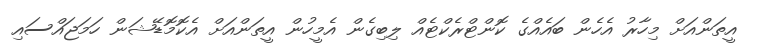
އީތަންއަށް މިހާރު އެހެން ބައެއްގެ ކޮންޓްރެކްޓެއް ލިބިގެން އެމީހުން އީތަންއަށް އެކޮމޮޑޭޝަން ހަމަޖައްސައި